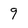
Character: 9